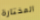
المختارة